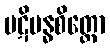
ပဋိဗန္ဓစိတ္တော